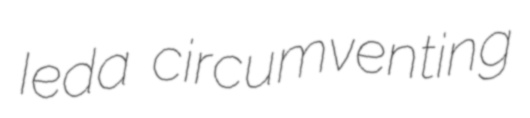
Ieda circumventing